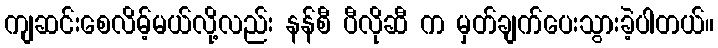
ကျဆင်းစေလိမ့်မယ်လို့လည်း နန်စီ ပီလိုဆီ က မှတ်ချက်ပေးသွားခဲ့ပါတယ်။